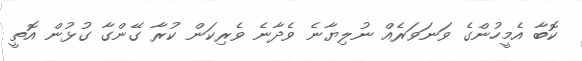
ކޮބާ އެމީހުންގެ ވަނަވަރެއް ނުލިޔާނެ ވެދާނެ ވެރިކަން ކުރާ ގޭންގާ ގުޅުން އޮތީ